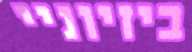
ביזיוניי